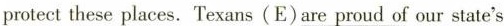
protect these places. Texans (E)\underline{are proud of} our state's